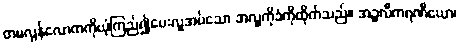
တမလွန်လောကကိုယုံကြည်၍ပေးလှူအပ်သော အလှူကိုခံကိုထိုက်သည်။ အဉ္ဇလီကရဏီယော၊